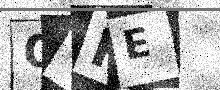
Text: QUKE